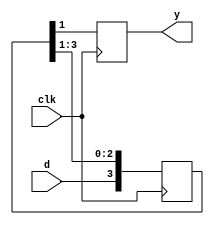
`timescale 1ns / 1ps


module SISO(d,clk,y);
	input d, clk;
	output reg y;
	reg [3:0] temp;
	
	always @(posedge clk)
	begin
		temp = temp >> 1;
		temp[3] = d;
		y = temp[0];
	end
endmodule